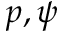
p , \psi